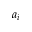
a _ { i }